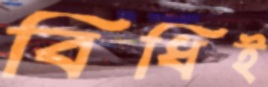
বিধিই